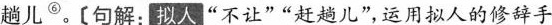
趟儿^{⑥}。【句解；拟人‘’不让‘’‘’赶趟儿‘’，运用拟人的修辞手